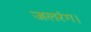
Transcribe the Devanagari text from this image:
जलरंग।